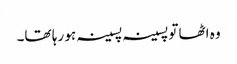
وہ اٹھا تو پسینہ پسینہ ہو رہا تھا۔